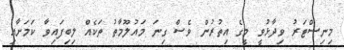
މިނިސްޓަރު ވިދާޅުވީ މީގެ އިތުރުން ވެސް ގިނަ މައުލޫމާތު ތަކެއް ލިބިފައިވާ ކަމަށާއި